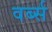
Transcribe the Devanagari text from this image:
वर्ब्स